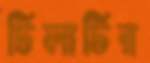
টিলাটির